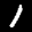
Label: 1